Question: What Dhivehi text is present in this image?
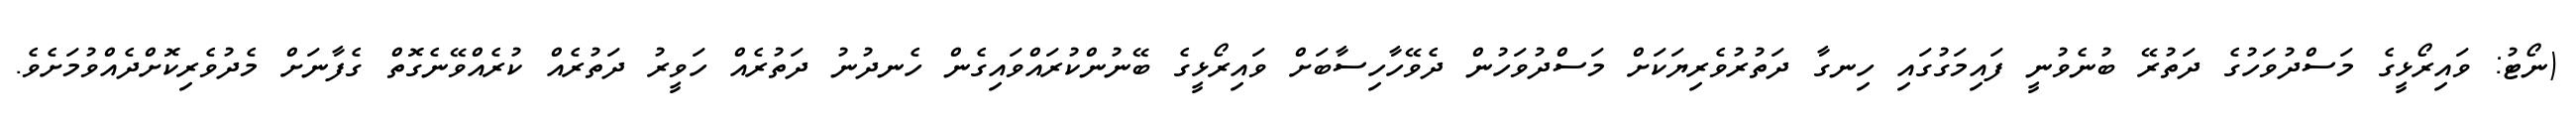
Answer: (ނޯޓު: ވައިރޯޅީގެ މަސްދުވަހުގެ ދަތުރޭ ބުނެވުނީ ފައިމަގުގައި ހިނގާ ދަތުރުވެރިޔަކަށް މަސްދުވަހުން ދެވޭހާހިސާބަށް ވައިރޯޅީގެ ބޭނުންކުރައްވައިގެން ހެނދުނު ދަތުރެއް ހަވީރު ދަތުރެއް ކުރެއްވޭނެގޮތް ގެފާނަށް މެދުވެރިކޮށްދެއްވުމަށެވެ.